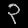
Digit: ၃